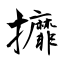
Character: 攠